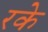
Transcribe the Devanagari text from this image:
रके